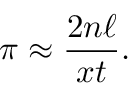
\pi \approx { \frac { 2 n \ell } { x t } } .